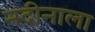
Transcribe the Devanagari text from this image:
नदीनाला